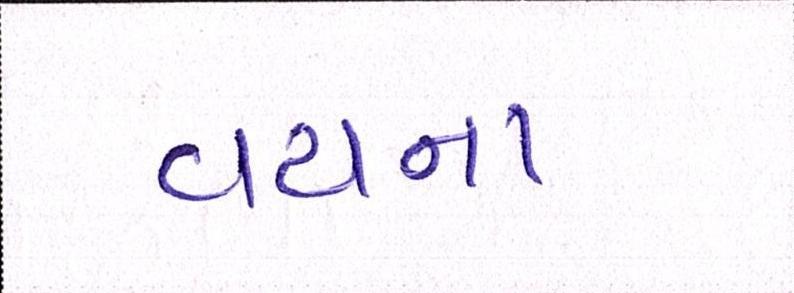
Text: વયના